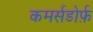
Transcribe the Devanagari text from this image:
कमर्सडोर्फ़